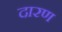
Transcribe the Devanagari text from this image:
दारण